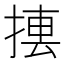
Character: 𢰁